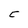
Character: C